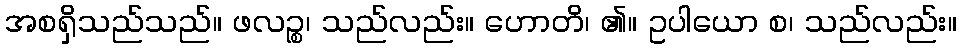
အစရှိသည်သည်။ ဖလဉ္စ၊ သည်လည်း။ ဟောတိ၊ ၏။ ဥပါယော စ၊ သည်လည်း။